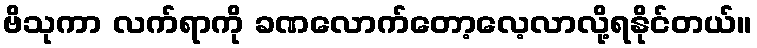
ဗိသုကာ လက်ရာကို ခဏလောက်တော့လေ့လာလို့ရနိုင်တယ်။